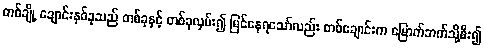
တစ်ချို့ ချောင်းနှစ်ခုသည် တစ်ခုနှင့် တစ်ခုလှမ်း၍ မြင်နေရသော်လည်း တစ်ချောင်းက မြောက်ဘက်သို့စီး၍